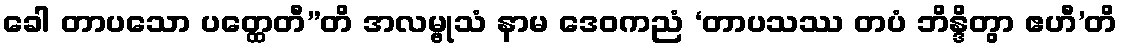
ခေါ တာပသော ပတ္ထေတီ”တိ အလမ္ဗုသံ နာမ ဒေဝကညံ ‘တာပသဿ တပံ ဘိန္ဒိတွာ ဧဟီ’တိ